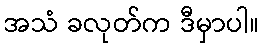
အသံ ခလုတ်က ဒီမှာပါ။